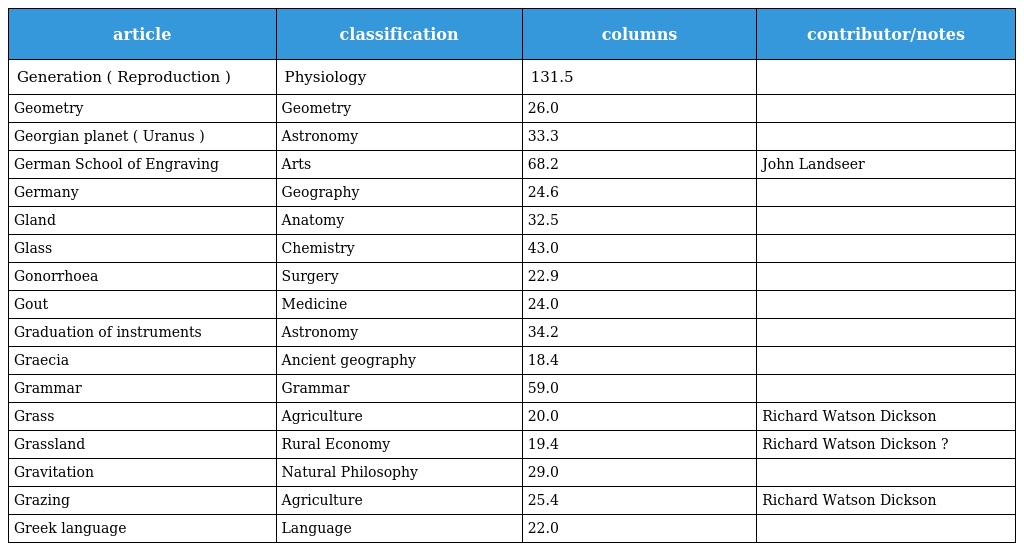
| article | classification | columns | contributor/notes |
 | --- | --- | --- | --- |
 | Generation ( Reproduction ) | Physiology | 131.5 |  |
 | Geometry | Geometry | 26.0 |  |
 | Georgian planet ( Uranus ) | Astronomy | 33.3 |  |
 | German School of Engraving | Arts | 68.2 | John Landseer |
 | Germany | Geography | 24.6 |  |
 | Gland | Anatomy | 32.5 |  |
 | Glass | Chemistry | 43.0 |  |
 | Gonorrhoea | Surgery | 22.9 |  |
 | Gout | Medicine | 24.0 |  |
 | Graduation of instruments | Astronomy | 34.2 |  |
 | Graecia | Ancient geography | 18.4 |  |
 | Grammar | Grammar | 59.0 |  |
 | Grass | Agriculture | 20.0 | Richard Watson Dickson |
 | Grassland | Rural Economy | 19.4 | Richard Watson Dickson ? |
 | Gravitation | Natural Philosophy | 29.0 |  |
 | Grazing | Agriculture | 25.4 | Richard Watson Dickson |
 | Greek language | Language | 22.0 |  |